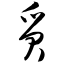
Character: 质